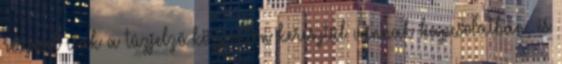
részével csak a tûzjelzõ központon keresztül vannak kapcsolatban, és